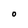
Character: 0